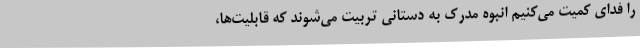
را فدای کمیت می‌کنیم انبوه مدرک به دستانی تربیت می‌شوند که قابلیت‌ها،